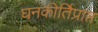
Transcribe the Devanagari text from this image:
घनकीर्तिप्राप्त